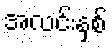
အလင်းနှစ်